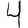
Digit: 4